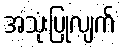
အသုံးပြုလျက်